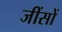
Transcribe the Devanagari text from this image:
जींसों